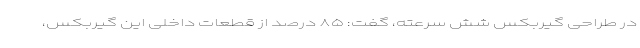
در طراحی گیربکس شش سرعته، گفت: ۸۵ درصد از قطعات داخلی این گیربکس،